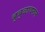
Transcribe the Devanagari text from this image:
बुबुळावरून